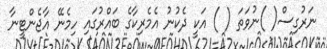
ނަރުގިސް( )ނުވަތަ ( ) އަކީ ދެކުނު އެމެރިކާގެ ބައްރުގައި ހިމެނޭ އާޖެންޓީނާ